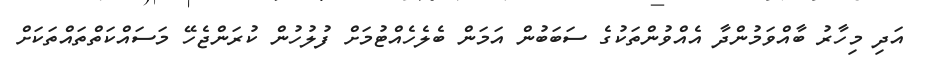
އަދި މިހާރު ބާއްވަމުންދާ އެއްވުންތަކުގެ ސަބަބުން އަމަން ބެލެހެއްޓުމަށް ފުލުހުން ކުރަންޖެހޭ މަސައްކަތްތައްތަކަށް